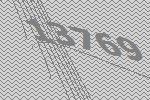
13769